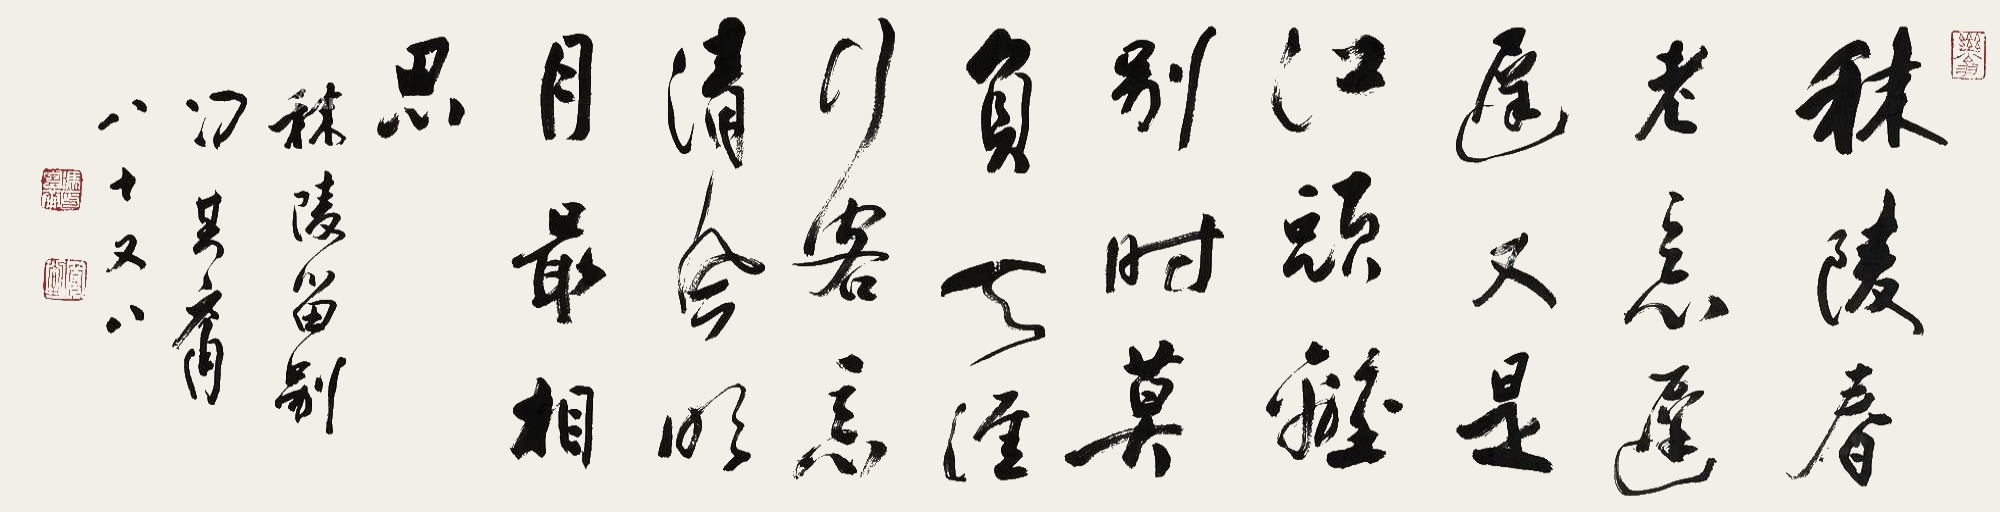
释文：秣陵春老意迟迟，又是江头离别时。莫负天涯行客意，清风明月最相思。秣陵留别，冯其庸八十又八。